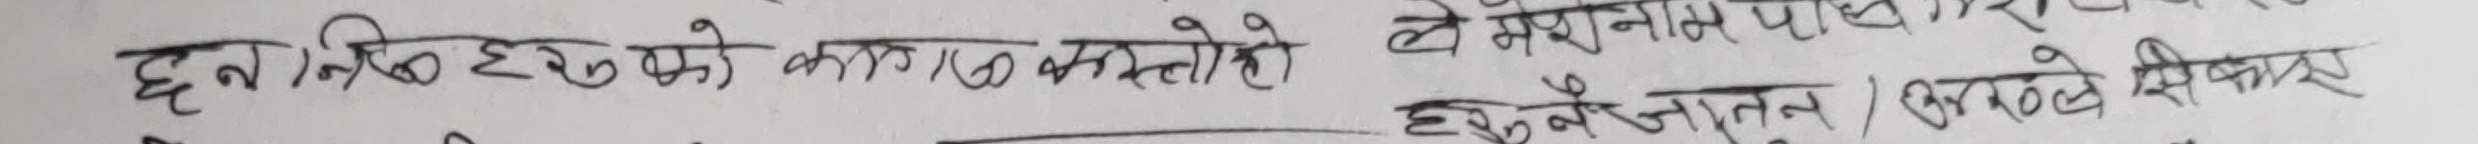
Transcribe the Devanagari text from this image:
हुन जाने व्यक्तिहरुको कारण कस्तो हो ले मध्यान्न पाछ
हुनु नै अस्तित्व सुरक्षे शिकार